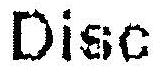
DISC